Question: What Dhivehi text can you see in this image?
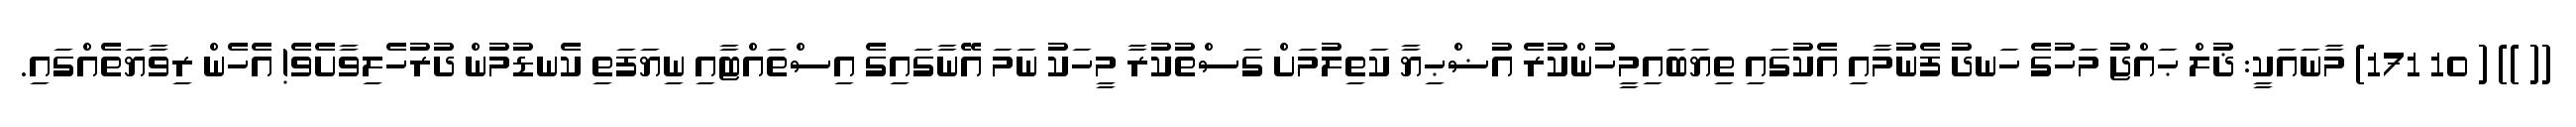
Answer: (( )) ( 10 171) މާނައަކީ: ޛުލް ޙައްޖު މަހުގެ ހަނދު ފެނުމާއި އެކުގައި ތިޔަބައިމީހުންކުރެ އުޟްޙިޔާ ކަތިލުމަށް ގަސްތުކުރާ މީހަކު ނަމަ އޭނާގައިގެ އިސްތައްޓާއި ނިޔަފަތި ކެނޑުމުން ދުރުހެލިވާށެވެ! އެހެން ރިވާޔަތެއްގައި.